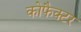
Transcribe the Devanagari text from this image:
कोफैक्टर